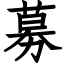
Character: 募